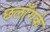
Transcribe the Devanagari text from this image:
छलाँगके